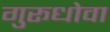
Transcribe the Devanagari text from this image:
गुरूधोवा